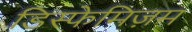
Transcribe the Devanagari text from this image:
डिस्फेमिज़म